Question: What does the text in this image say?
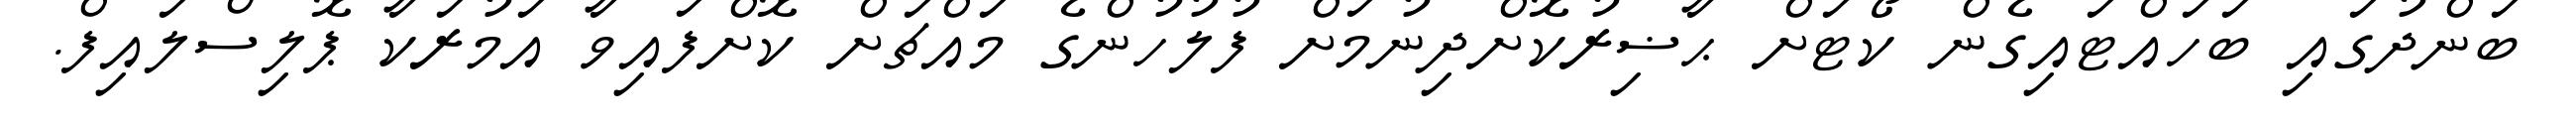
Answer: ބަންދުގައި ބަހައްޓައިގެން ކޯޓަށް ޙާޟިރުކޮށްދިނުމަށް ފުލުހުންގެ މައްޗަށް ކޮށްފައިވާ އަމުރަކާ ޕޮލިސްލައިފް.